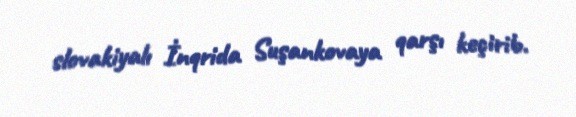
slovakiyalı İnqrida Suşankovaya qarşı keçirib.